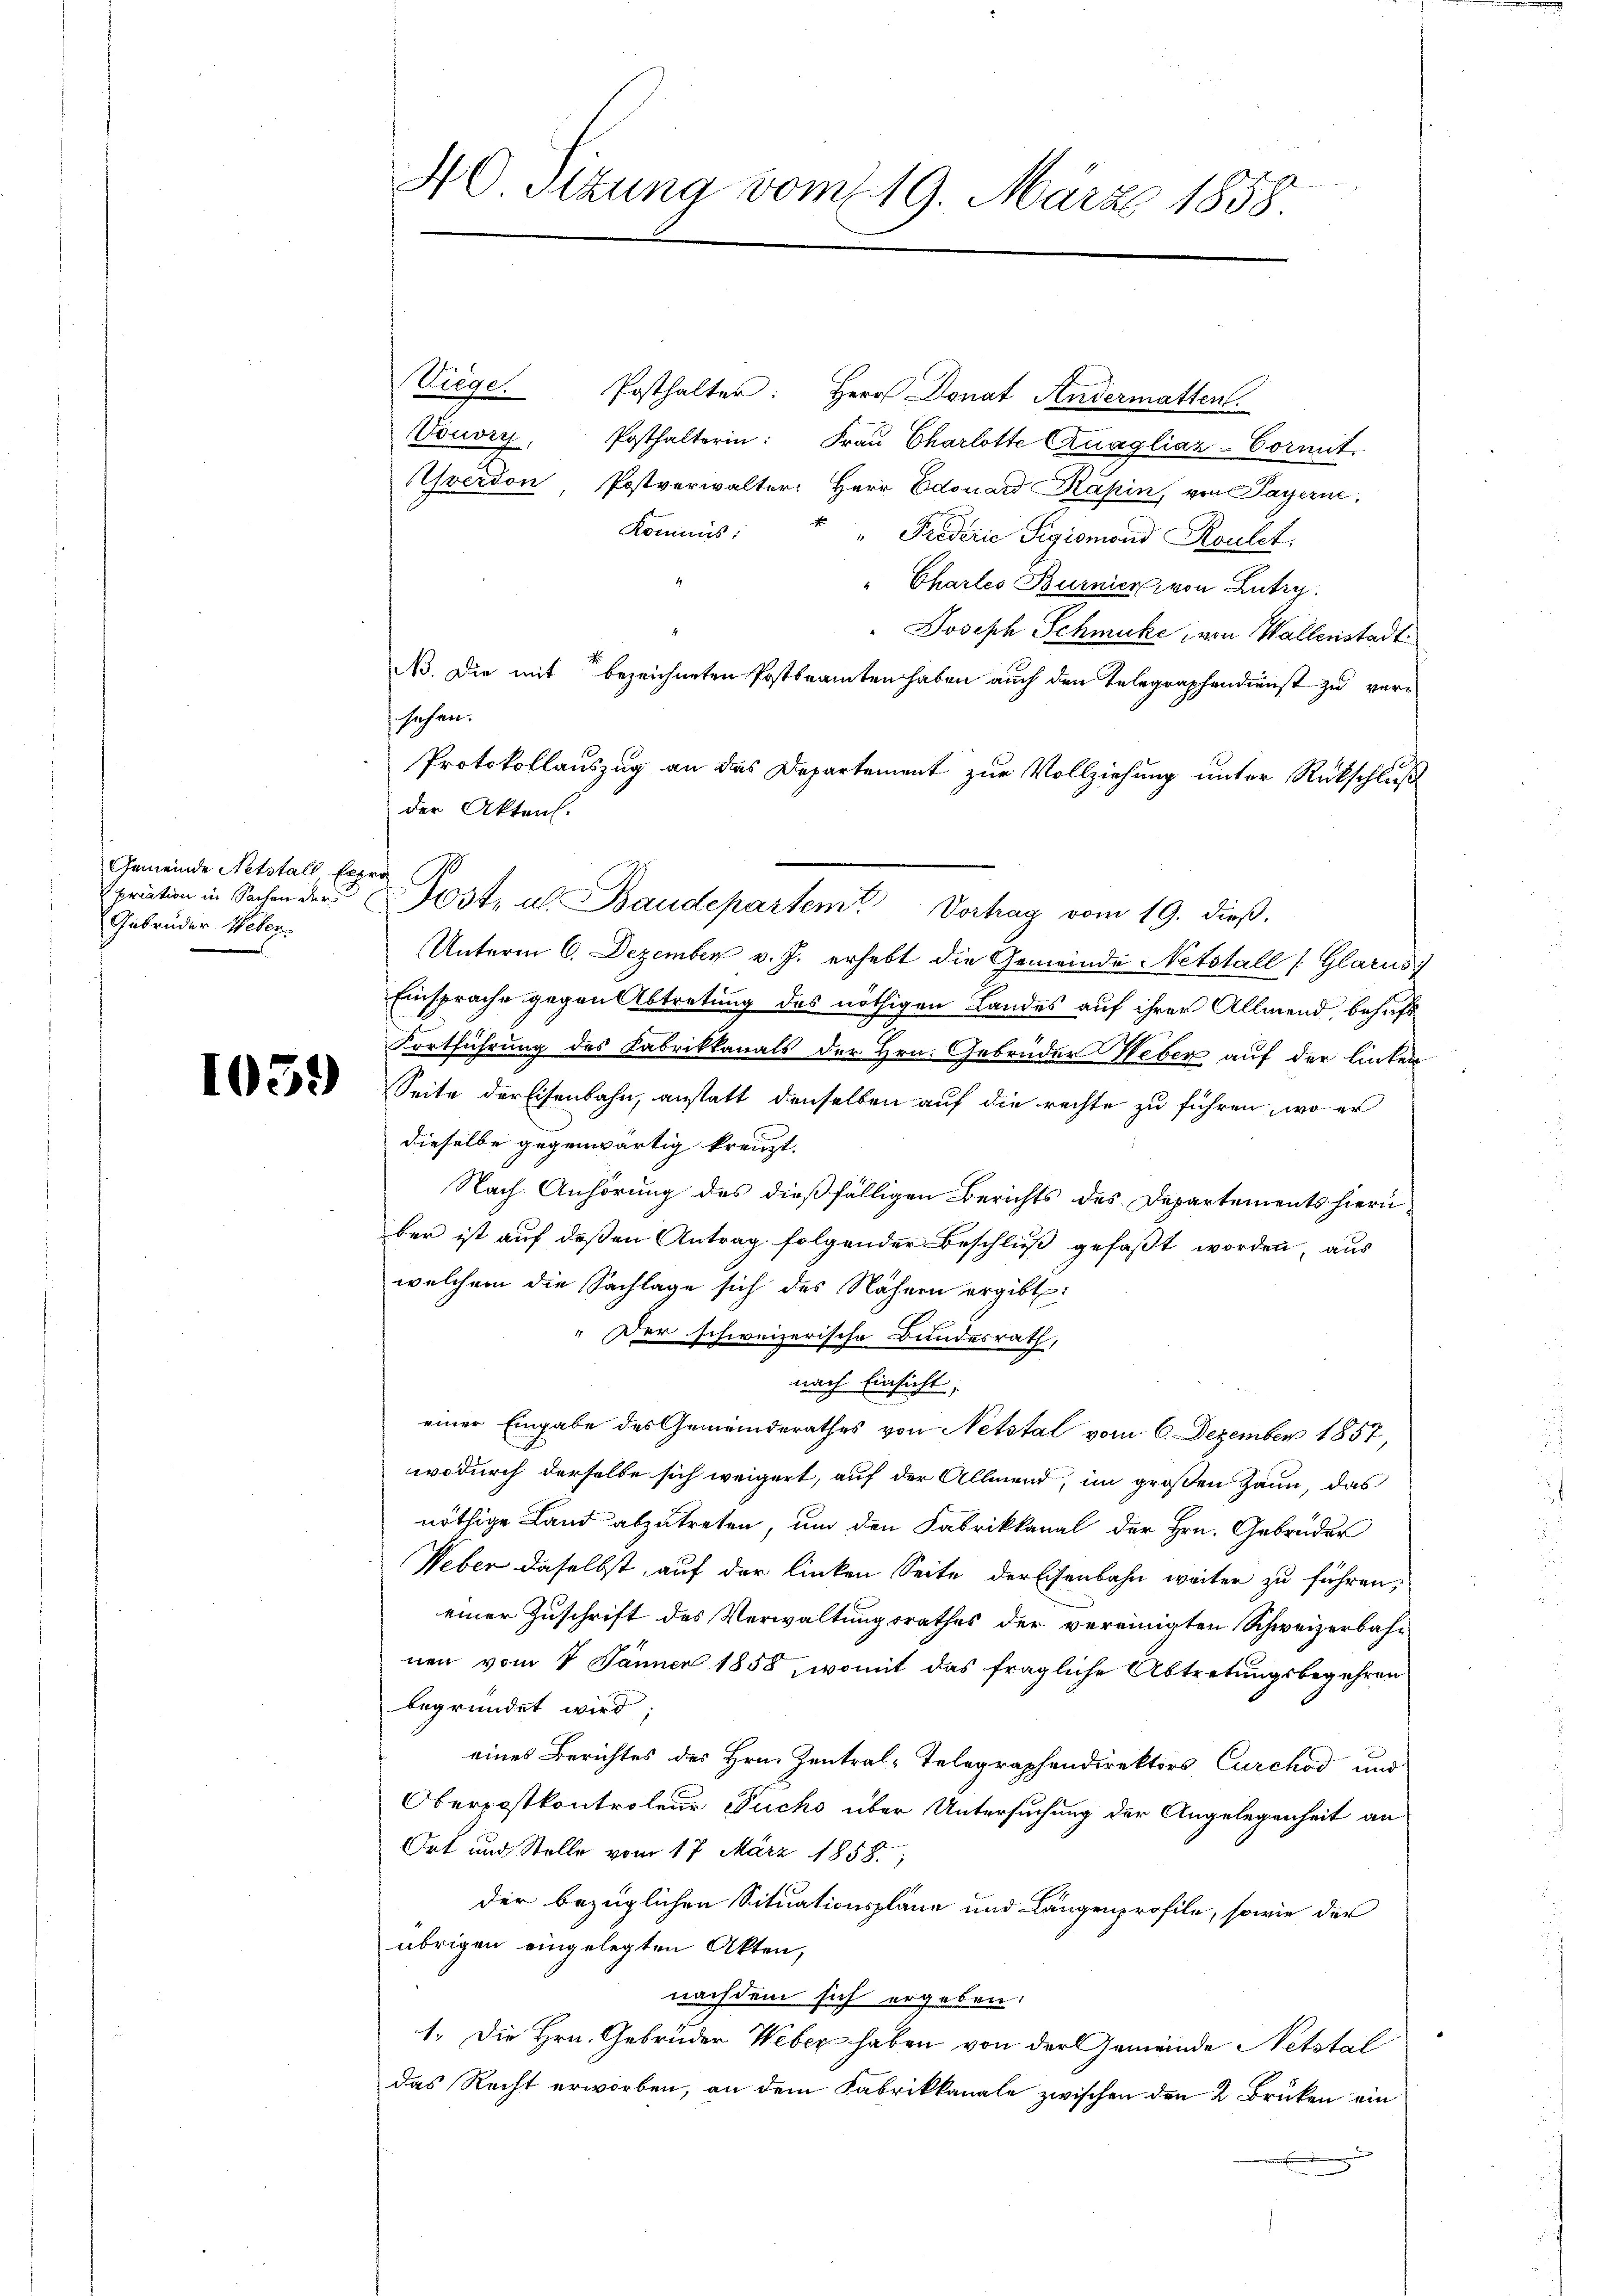
Gemeinde Netstall, fes
Gebrüder Weber.

1059

40 Stzung vom 19. März 1858

r

Posthalter: Herr Donat Andermatten.
Posthalterin: Frau Charlotte Anagliar-Cormit
Yverdon Postverwalter: Herr Edouard Käpin, von Payerne,
Kommis
" " Proderie Sigismand Rautet:
" Chartes Burnier von Lütig.
" Joseph Schmuke von Wallenstadt.
No. Die mit bezeichneten Postbeamten haben auch den Telegraphendienst zu verssachen.
Protokollauszug an das Departement zur Vollziehung unter Rückschluß
der Akten.
Unterm 6. Dezember v. J. erhebt die Gemeinde Netstall (Glarus
Einsprache gegen Abtretung des nöthigen Landes auf ihrer Allmend, behufs
Fortführung des Fabrikkanals der Hrn. Gebrüder Heber auf der linken
Seite derEisenbahn, anstatt denselben auf die rechte zu führen, wo er
dieselbe gegenwärtig kreuzt.
Nach Anhörung des dießfälligen Berichts des Departements hierüber ist auf deßen Antrag folgender Beschluß gefaßt worden, aus
welchem die Sachlage sich des Nähern ergibt:
Der schweizerische Bundesrath,
nach Einsicht,
einer Eingabe des Gemeinderathes von Netstal vom 6. Dezember 1857,
wodurch derselbe sich weigert, auf der Allmend, im großen Zaun, das
nöthige Land abzutreten, um den Fabrikkanal der Hrn. Gebrüder
Weber daselbst, auf der linken Seite der Eisenbahn weiter zu führen;
einer Zuschrift des Verwaltungsrathes der vereinigten Schweizerbahnen vom 1. Jänner 1858, womit das fragliche Abtretungsbegehren
begründet wird;
eines Berichtes des Hrn. Zentral-Telegraphendirektors Curchod und
Oberrostkontroleur Fuchs über Untersuchung der Angelegenheit an
Ort und Stelle vom 17. März 1858.
der bezüglichen Situationspläne und Längenprofile, sowie der
übrigen eingelegten Akten,
nachdem sich ergeben:
1. Die Hrn. Gebrüder Weber haben von der Gemeinde Netstal
das Recht erworben, an dem Fabrikkanale zwischen den 2 Brücken ein
.

Viege.
Vouvry

Epriation in Sachen der Post- u Baudepartem Vorhag vom 19. dieß.